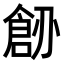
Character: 𠟐